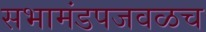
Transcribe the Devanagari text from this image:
सभामंडपजवळच